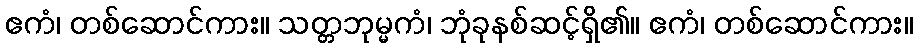
ဧကံ၊ တစ်ဆောင်ကား။ သတ္တဘုမ္မကံ၊ ဘုံခုနစ်ဆင့်ရှိ၏။ ဧကံ၊ တစ်ဆောင်ကား။